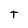
Character: t